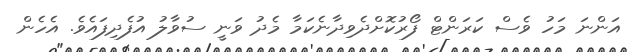
އަންނަ މަހު ވެސް ކަރަންޓް ފޯރުކޮށްދެވިދާނެކަމާ މެދު ވަނީ ސުވާލު އުފެދިފައެވެ. އެހެން